Document type: Sale
Year: 1499
Scribe: Joan Martínez de Sòria
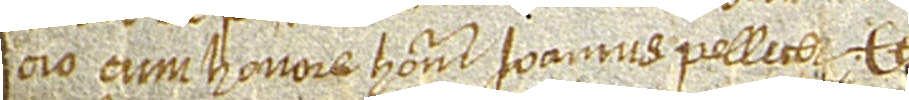
cio cum honore honorabilis Ioannis Pellicer, et [ab occidente in] [...]